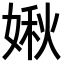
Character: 𡟊